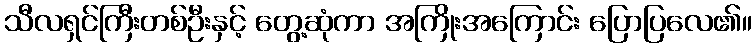
သီလရှင်ကြီးတစ်ဦးနှင့် တွေ့ဆုံကာ အကြိုးအကြောင်း ပြောပြလေ၏။